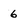
Character: 6